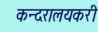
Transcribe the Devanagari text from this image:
कन्दरालयकरी